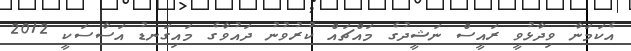
އެކަމަނާ ވިދާޅުވީ ރައީސް ނަޝީދުގެ މައްޗައް ކުރުވުނު ދައުވާގެ މައިގަނޑު އަސާސަކީ 2012